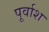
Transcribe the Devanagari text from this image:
पूर्वाश